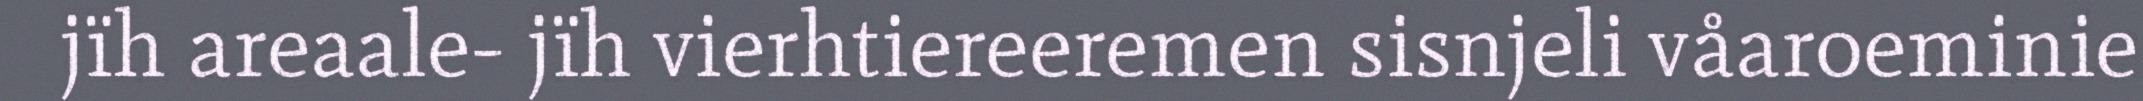
jïh areaale- jïh vierhtiereeremen sisnjeli våaroeminie